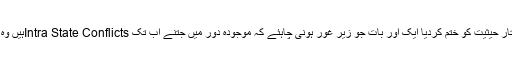
اس کے برعکس بھارت نے کشمیر کی نیم خودمختار حیثیت کو ختم کردیا ایک اور بات جو زیر غور ہونی چاہئے کہ موجودہ دور میں جتنے اب تک Intra State Conflictsہیں وہ سب کے سب ایشیائی اور افریقی ریاستوں میں ہیں۔